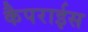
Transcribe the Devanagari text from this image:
कैपराईस